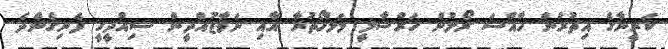
ކަރީނާގެ އިތުރުން ހާއްސަ ރޯލުން ހަރްޝާލީ މަލްހޯތުރާ އާއި ނަވާޒުއްދީން ސިއްދީގީ ފެނިގެންދެ